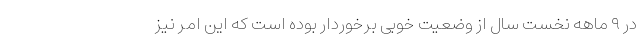
در ۹ ماهه نخست سال از وضعیت خوبی برخوردار بوده است که این امر نیز